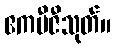
ဧကဗီဇီသုတ်။